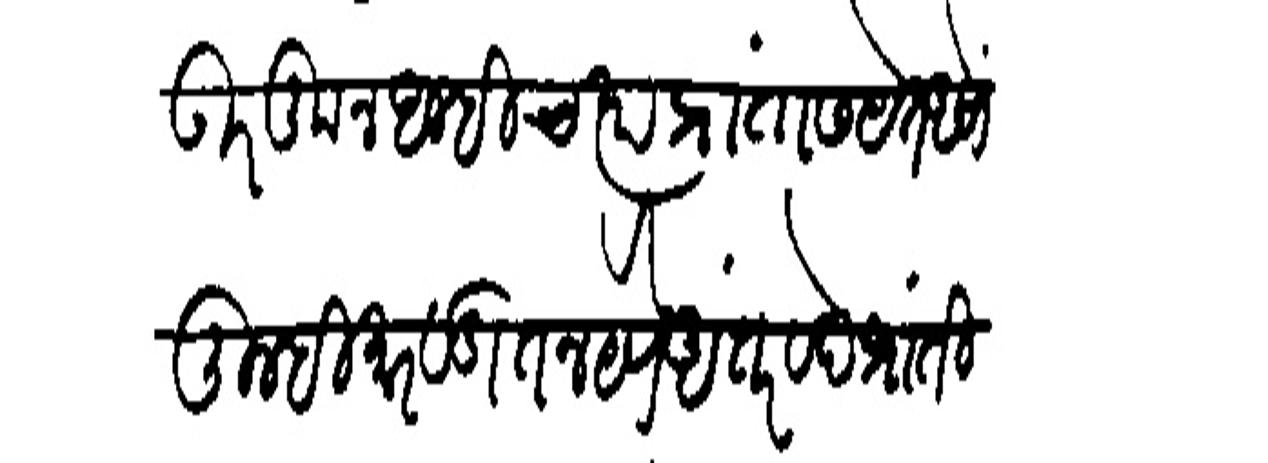
Transliteration (Devanagari): उरकून अम्हीच त्या प्रांतास येत असों तुम्ही मारवाडात न येणे अंतरवेद प्रांती